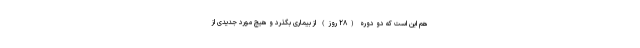
هم این است که دو دوره (۲۸ روز) از بیماری بگذرد و هیچ مورد جدیدی از